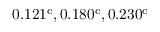
0 . 1 2 1 ^ { \mathrm { c } } , 0 . 1 8 0 ^ { \mathrm { c } } , 0 . 2 3 0 ^ { \mathrm { c } }